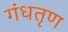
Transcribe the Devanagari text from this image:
गंधतृण